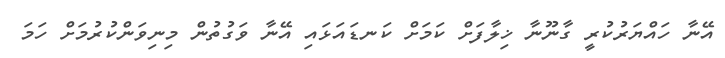
އޭނާ ހައްޔަރުކުރީ ގާނޫނާ ޚިލާފަށް ކަމަށް ކަނޑައަޅައި އޭނާ ވަގުތުން މިނިވަންކުރުމަށް ހަމަ